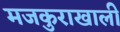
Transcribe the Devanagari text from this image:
मजकुराखाली